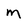
Character: m